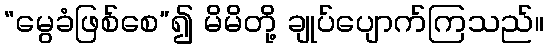
“မွေခံဖြစ်စေ”၍ မိမိတို့ ချုပ်ပျောက်ကြသည်။